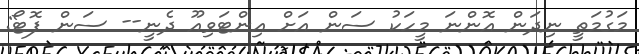
މަގުމަތީ ނިދަން އޮންނަ މީހަކު ސަން އަށް އިންޓަވިއޫ ދެނީ-- ސަން ފޮޓޯ: